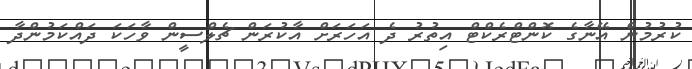
ކުރުމުން އޭނާގެ ކޮންޓްރެކްޓް އިތުރު ދެ އަހަރަށް އާކުރަން ޗެލްސީން ވާހަކަ ދައްކަމުންދާ